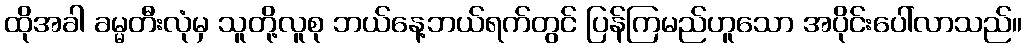
ထိုအခါ ခမ္မတီးလုံမှ သူတို့လူစု ဘယ်နေ့ဘယ်ရက်တွင် ပြန်ကြမည်ဟူသော အပိုင်းပေါ်လာသည်။